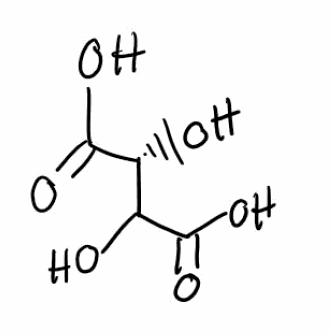
Simplified molecular-input line-entry system (SMILES) notation of the given molecule:
[C@@H](C(C(=O)O)O)(C(=O)O)O